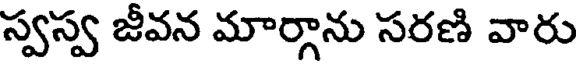
స్వస్వ జీవన మార్గాను సరణి వారు